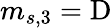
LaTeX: m_{s,3}=\mathrm{D}